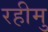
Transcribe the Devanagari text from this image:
रहीमु